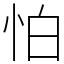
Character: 怕